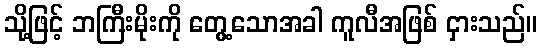
သို့ဖြင့် ဘကြီးမိုးကို တွေ့သောအခါ ကူလီအဖြစ် ငှားသည်။